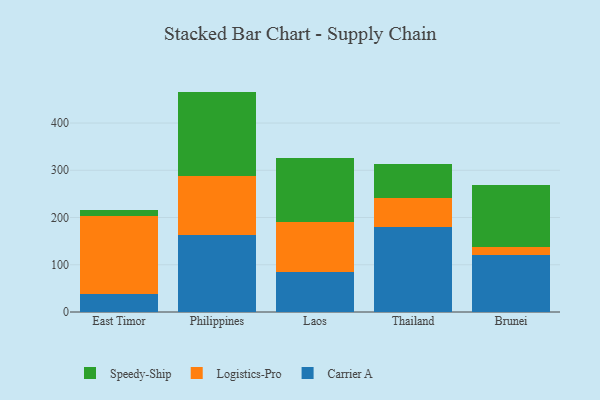
{"axis": {"x": "Country", "y": "Conversion Rate (%)"}, "legend": ["Carrier A", "Logistics-Pro", "Speedy-Ship"], "data": [{"x": "East Timor", "y": 37.2, "type": "Carrier A"}, {"x": "East Timor", "y": 165.0, "type": "Logistics-Pro"}, {"x": "East Timor", "y": 14.3, "type": "Speedy-Ship"}, {"x": "Philippines", "y": 162.0, "type": "Carrier A"}, {"x": "Philippines", "y": 125.1, "type": "Logistics-Pro"}, {"x": "Philippines", "y": 179.4, "type": "Speedy-Ship"}, {"x": "Laos", "y": 84.8, "type": "Carrier A"}, {"x": "Laos", "y": 105.2, "type": "Logistics-Pro"}, {"x": "Laos", "y": 135.2, "type": "Speedy-Ship"}, {"x": "Thailand", "y": 179.6, "type": "Carrier A"}, {"x": "Thailand", "y": 61.5, "type": "Logistics-Pro"}, {"x": "Thailand", "y": 71.2, "type": "Speedy-Ship"}, {"x": "Brunei", "y": 120.6, "type": "Carrier A"}, {"x": "Brunei", "y": 16.8, "type": "Logistics-Pro"}, {"x": "Brunei", "y": 130.6, "type": "Speedy-Ship"}]}